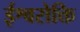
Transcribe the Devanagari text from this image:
ईश्वरोक्ति